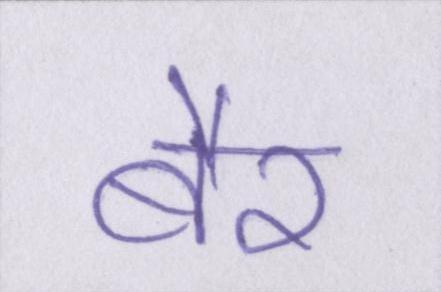
बैर